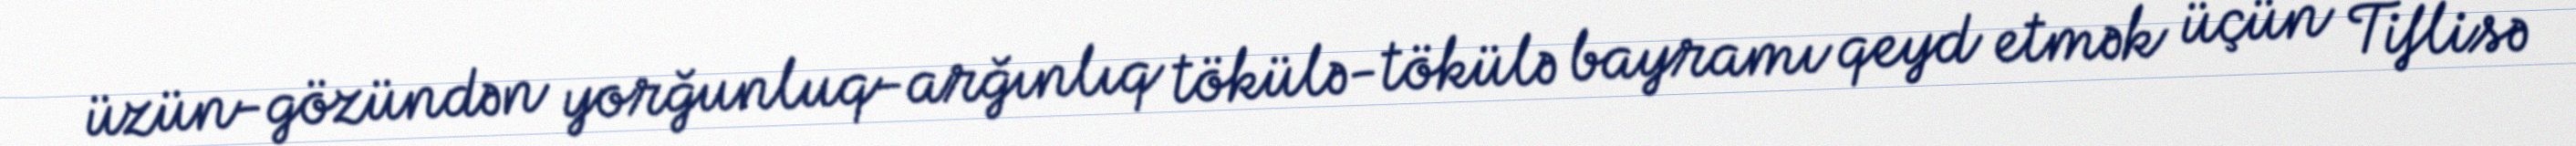
üzün-gözündən yorğunluq-arğınlıq tökülə-tökülə bayramı qeyd etmək üçün Tiflisə